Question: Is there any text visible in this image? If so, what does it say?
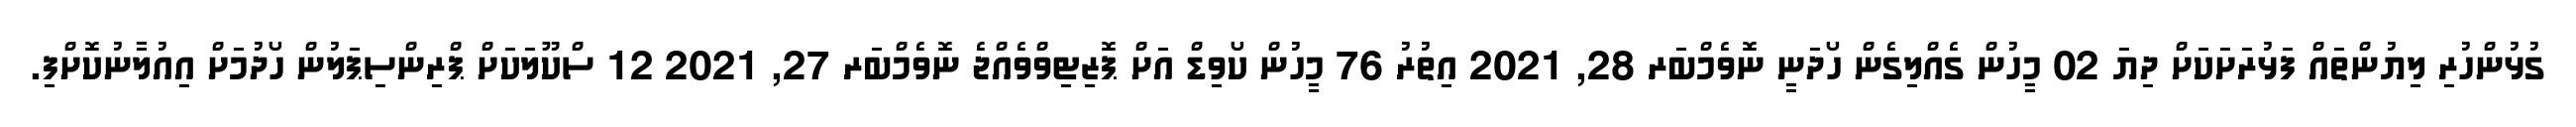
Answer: ގުޅުންހުރި ލިޔުންތައް ފަޅުރަށަކަށް ދިޔަ 02 މީހުން ގެއްލިގެން ހޯދަނީ ނޮވެމްބަރ 28, 2021 އިތުރު 76 މީހުން ކޯވިޑް އަށް ޕޮޒިޓިވްވެއްޖެ ނޮވެމްބަރ 27, 2021 12 ސްކޫލަކަށް ޕްރިންސިޕަލުން ހޯދުމަށް އިއުލާނުކޮށްފި.